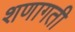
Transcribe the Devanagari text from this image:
शणागती